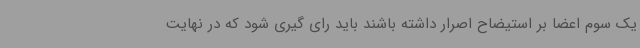
یک سوم اعضا بر استیضاح اصرار داشته باشند باید رای گیری شود که در نهایت